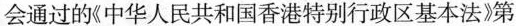
会通过的《中华人民共和国香港特别行政区基本法》第